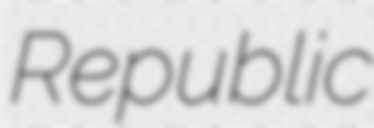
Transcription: Republic